system: You are a helpful assistant.
user:
Analyze the provided spectrum to determine if it is a **White Dwarf (WD)**.

A White Dwarf spectrum is defined by its **extreme purity** (due to gravitational settling) and/or **extreme pressure broadening** (due to high surface gravity). You must check for one of the following mutually exclusive signatures:

- **Key Visual Indicators (Check for ONE of these types):**

    - **1. DA-Type Signature (Most Common):**
        - **(Primary Feature):** Extreme pressure broadening (Stark broadening) of the **Hydrogen (H) Balmer lines**.
        - **(Key Lines):** $H\beta$ (approx. $4861$ Å) and $H\gamma$ (approx. $4340$ Å). $H\alpha$ (approx. $6563$ Å) will also be present if the wavelength range covers it.
        - **(Line Profile):** This is the **defining feature**. The lines are **NOT** sharp. They appear as massive, **extremely broad and deep "troughs" or "dips"** in the spectrum, often hundreds of Ångströms wide. The continuum will appear to "scoop" down at these wavelengths.
        - **(Distinction):** Normal A-type or B-type stars have *narrow* and *sharp* Hydrogen lines. A DA White Dwarf's lines are unmistakably "smeared" or "blurry" from pressure.

    - **2. DB-Type Signature:**
        - **(Primary Feature):** Broad absorption lines from **Neutral Helium (He I)**. The spectrum must lack any visible Hydrogen lines.
        - **(Key Lines):** Look for broad absorption near $4471$ Å, $4921$ Å, and $5876$ Å.
        - **(Line Profile):** These lines are also significantly pressure-broadened, appearing much wider than they would in a normal B-type main-sequence star.

    - **3. DC-Type Signature:**
        - **(Primary Feature):** A **featureless continuous spectrum**.
        - **(Line Profile):** The spectrum is a smooth curve with **no significant absorption or emission lines**.
        - **(Key Confirmation):** The continuum is almost always **blue or white**, indicating a hot object. This signature implies the atmosphere is so pure (or so cool) that no spectral lines are visible in the optical range. Its WD identity is confirmed by its extremely low intrinsic brightness (high absolute magnitude).

    - **4. DZ-Type Signature (Metal-Polluted):**
        - **(Primary Feature):** **Isolated, narrow metal absorption lines** on an otherwise featureless (DC-like) continuum.
        - **(Key Lines):** The **Calcium (Ca II) H & K doublet** (approx. **$3934$ Å** and **$3968$ Å**) is the most common and defining feature.
        - **(Line Profile):** These lines are "out of place." They are *not* part of a "forest" of thousands of lines. This signature is evidence of recent *accretion* (pollution) from rocky debris.
        - **(Distinction):** Normal G/K/M stars have a *dense forest* of thousands of metal lines. A DZ has a *clean* continuum with *only a few* strong metal lines.

    - **5. DQ-Type Signature (Carbon-Polluted):**
        - **(Primary Feature):** Absorption bands from **Carbon (C₂ "Swan Bands" or atomic C I)**.
        - **(Key Lines - C₂):** Look for bandheads with a "saw-tooth" shape near $5635$ Å, **$5165$ Å** (strongest), and $4737$ Å.
        - **(Key Confirmation):** The underlying **continuum must be blue or white** (hot).
        - **(Distinction):** This is the critical difference from a **Carbon Star**, which has the *exact same* C₂ bands but on an extremely **red, cool** continuum.

- **(Overall Spectrum):**
    - The continuum (overall shape) is typically **blue-sloping** (brighter in the blue than the red), as most white dwarfs are very hot.
    - The spectrum will look "pure" or "simple," dominated by only *one* of the five signatures listed above.

Think first, call **spectral_visualization_tool** if needed to examine features in detail, then provide your final answer. Your response must adhere to the following strict rules:
1.  **Overall Structure:** Your response must follow the format `<think>...</think> <tool_call>...</tool_call> (if a tool is used) <answer>...</answer>`.
2.  **Tool Usage Constraint:** You may only make **one** tool call per turn.
3.  **Final Answer Format:** In the `<answer>` tag, your conclusion must be inside a `\boxed{}` command (e.g., `\boxed{YES}` or `\boxed{NO}`), followed by your justification.

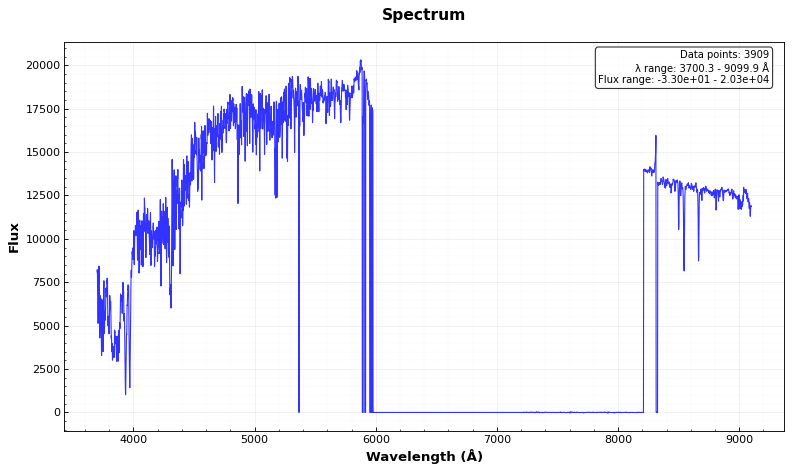
Answer: NO